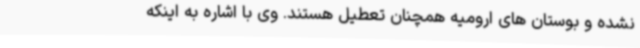
نشده و بوستان های ارومیه همچنان تعطیل هستند. وی با اشاره به اینکه